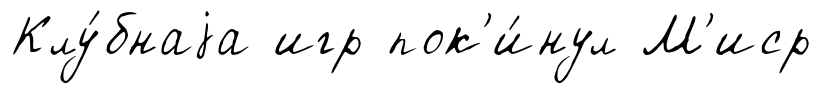
Клу́бнаjа игр пок'и́нул М'иср